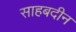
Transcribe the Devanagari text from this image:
साहबदीन